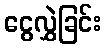
ငွေလွှဲခြင်း